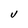
Character: U